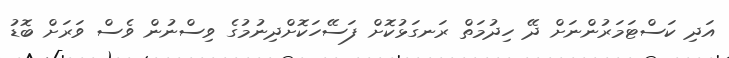
އަދި ކަސްޓަމަރުންނަށް ދޭ ހިދުމަތް ރަނގަޅުކޮށް ފަސޭހަކޮށްދިނުމުގެ ވިސްނުން ވެސް ވަރަށް ބޮޑު